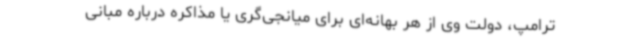
ترامپ، دولت وی از هر بهانه‌ای برای میانجی‌گری یا مذاکره درباره مبانی